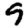
Digit: 9